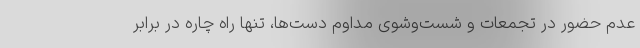
عدم حضور در تجمعات و شست‌وشوی مداوم دست‌ها، تنها راه چاره در برابر